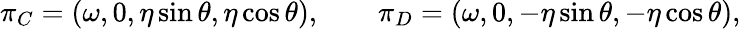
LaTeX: \pi_{C}=(\omega,0,\eta\sin\theta,\eta\cos\theta),\qquad\pi_{D}=(\omega,0,-\eta\sin\theta,-\eta\cos\theta),